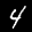
Label: 4